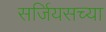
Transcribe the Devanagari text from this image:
सर्जियसच्या